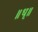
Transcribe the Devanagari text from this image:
॥धृ॥